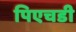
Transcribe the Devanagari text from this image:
पिएचडी